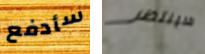
سأدفع سينتظر